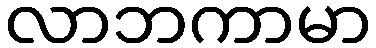
လာဘကာမာ